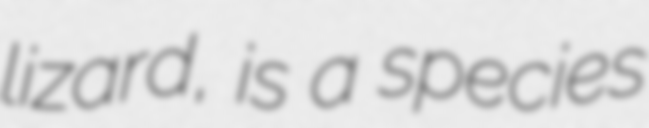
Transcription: lizard, is a species